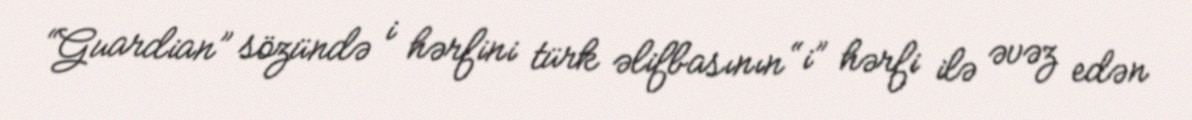
“Guardian” sözündə i hərfini türk əlifbasının “i” hərfi ilə əvəz edən